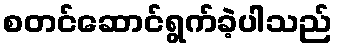
စတင်ဆောင်ရွက်ခဲ့ပါသည်